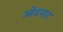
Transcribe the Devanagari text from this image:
ओडयार